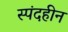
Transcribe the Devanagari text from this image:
स्पंदहीन